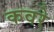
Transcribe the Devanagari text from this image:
कवरे